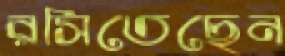
রসিতেছেন